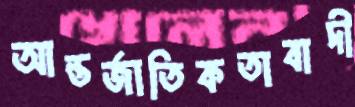
আন্তর্জাতিকতাবাদী